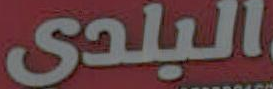
البلدي